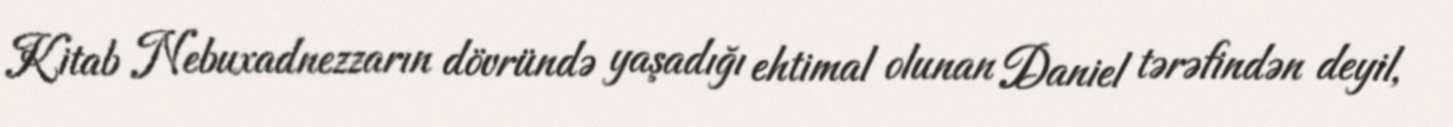
Kitab Nebuxadnezzarın dövründə yaşadığı ehtimal olunan Daniel tərəfindən deyil,